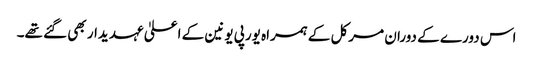
اس دورے کے دوران مرکل کے ہمراہ یورپی یونین کے اعلیٰ عہدیدار بھی گئے تھے۔